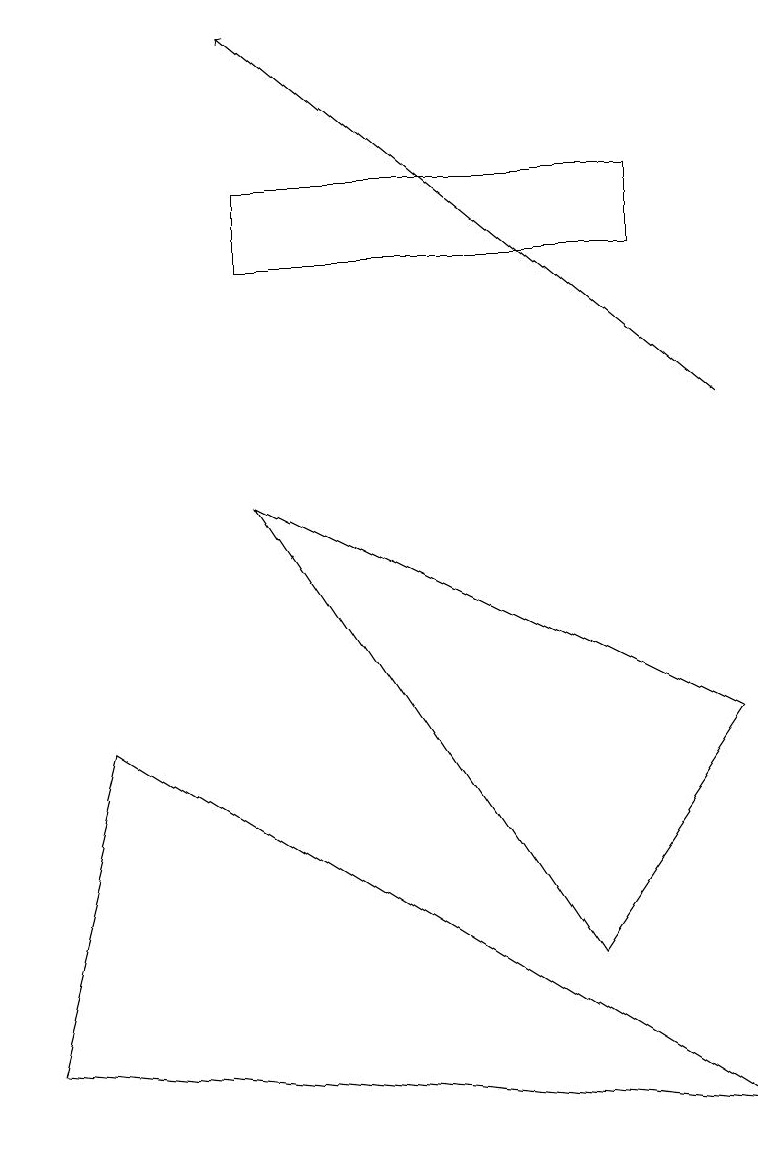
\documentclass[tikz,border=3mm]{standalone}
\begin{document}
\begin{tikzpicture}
\draw[->] (9,10) -- (3,15);
\draw (1,6) -- (0,2) -- (9,1) -- cycle;
\draw (8,12) rectangle (3,13);
\draw (3,9) -- (7,3) -- (9,6) -- cycle;
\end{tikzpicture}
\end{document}